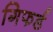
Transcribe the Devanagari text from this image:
गिफर्ड